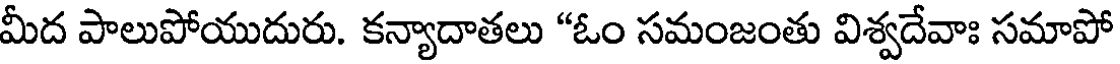
మీద పాలుపోయుదురు. కన్యాదాతలు "ఓం సమంజంతు విశ్వదేవాః సమాపో